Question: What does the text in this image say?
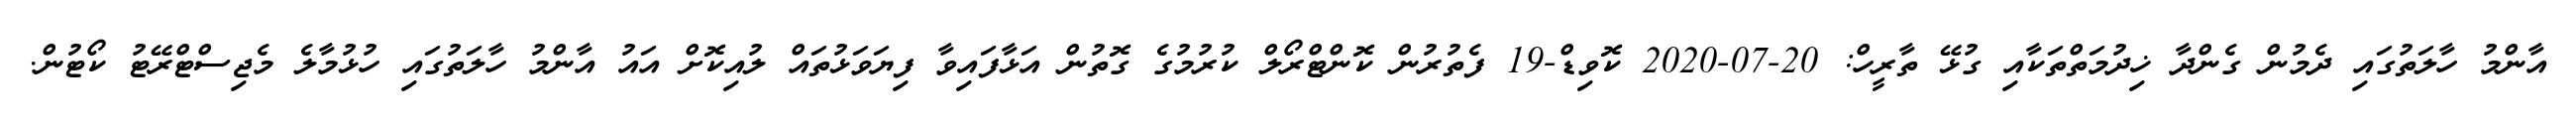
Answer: އާންމު ހާލަތުގައި ދެމުން ގެންދާ ޚިދުމަތްތަކާއި ގުޅޭ ތާރީހް: 20-07-2020 ކޮވިޑް-19 ފެތުރުން ކޮންޓްރޯލް ކުރުމުގެ ގޮތުން އަޅާފައިވާ ފިޔަވަޅުތައް ލުއިކޮށް އައު އާންމު ހާލަތުގައި ހުޅުމާލެ މެޖިސްޓްރޭޓު ކޯޓުން.